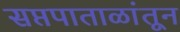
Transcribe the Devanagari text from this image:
सप्तपाताळांतून